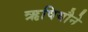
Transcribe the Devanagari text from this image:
ऋषियौने